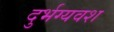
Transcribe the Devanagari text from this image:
दुर्भग्यवश